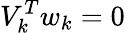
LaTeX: V_{k}^{T}w_{k}=0